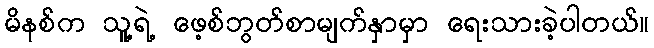
မိနစ်က သူ့ရဲ့ ဖေ့စ်ဘွတ်စာမျက်နှာမှာ ရေးသားခဲ့ပါတယ်။